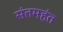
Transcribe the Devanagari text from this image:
संतमहंत